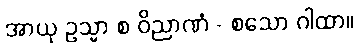
အာယု ဥသ္မာ စ ဝိညာဏံ - စသော ဂါထာ။